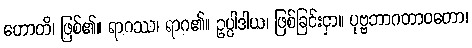
ဟောတိ၊ ဖြစ်၏။ ရာဂဿ၊ ရာဂ၏။ ဥပ္ပါဒါယ၊ ဖြစ်ခြင်းငှာ။ ပုဗ္ဗဘာဂတာဝတော၊